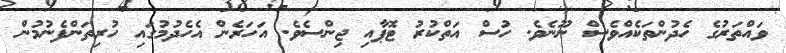
ވައްތަރުގެ ހެދުންތަކެއްވެސް ނޫނެވެ. ހުސް އަތްކުރު ޓޮޕާއި ޖިންސެވެ. އަހަރެން އެހެދުމުގައި ހުރިތަންފެނުމުން